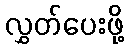
လွှတ်ပေးဖို့